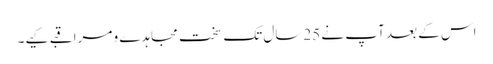
اس کے بعد آپ نے 25سال تک سخت مجاہدے و مراقبے کیے۔